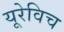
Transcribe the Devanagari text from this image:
यूरेविच